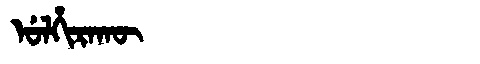
Manchu: ᡠᠯᡥᡳᡵᠠᡴᡡ
Romanization: ULHIRAKŪ